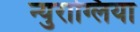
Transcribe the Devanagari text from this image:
न्युराग्लिया